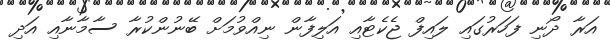
އަރާ ދޯނި ފަހަރުގައި ލައިފް ޖެކެޓާއި އަލިފާން ނިއްވުމަށް ބޭނުންކުރާ ސާމާނާއި އަދި